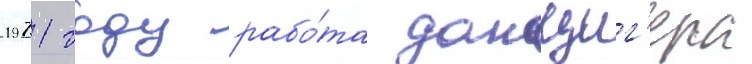
1971 году рабо́та данциг'ера